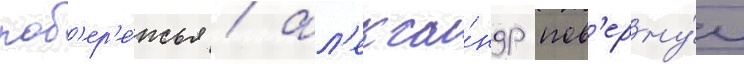
поб'ер'е́жья / ал'екса́ндр пов'ерну́л